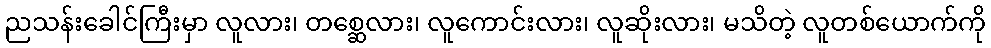
ညသန်းခေါင်ကြီးမှာ လူလား၊ တစ္ဆေလား၊ လူကောင်းလား၊ လူဆိုးလား၊ မသိတဲ့ လူတစ်ယောက်ကို